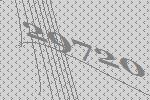
29720